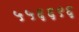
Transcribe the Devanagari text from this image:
५५६६९६